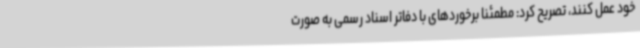
خود عمل کنند، تصریح کرد: مطمئنا برخوردهای با دفاتر اسناد رسمی به صورت